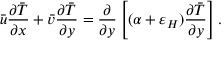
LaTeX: { \bar { u } } { \frac { \partial { \bar { T } } } { \partial x } } + { \bar { v } } { \frac { \partial { \bar { T } } } { \partial y } } = { \frac { \partial } { \partial y } } \left[ ( \alpha + \varepsilon _ { H } ) { \frac { \partial { \bar { T } } } { \partial y } } \right] .